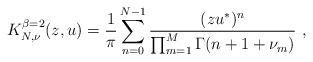
\begin{align*} K_{N,\nu}^{\beta=2}(z,u)=\frac1\pi \sum_{n=0}^{N-1} \frac{(zu^*)^n}{\prod_{m=1}^M\Gamma(n+1+\nu_m)}\ ,\end{align*}